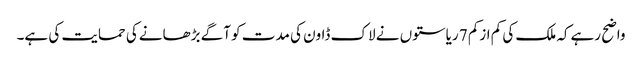
واضح رہےکہ ملک کی کم ازکم 7 ریاستوں نے لاک ڈاون کی مدت کو آگے بڑھانےکی حمایت کی ہے۔